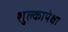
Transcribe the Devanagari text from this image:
शुल्कापेक्षा